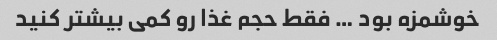
خوشمزه بود … فقط حجم غذا رو کمی بیشتر کنید